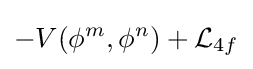
-V(\phi ^{m},\phi ^{n})+{\mathcal {L}}_{4f}